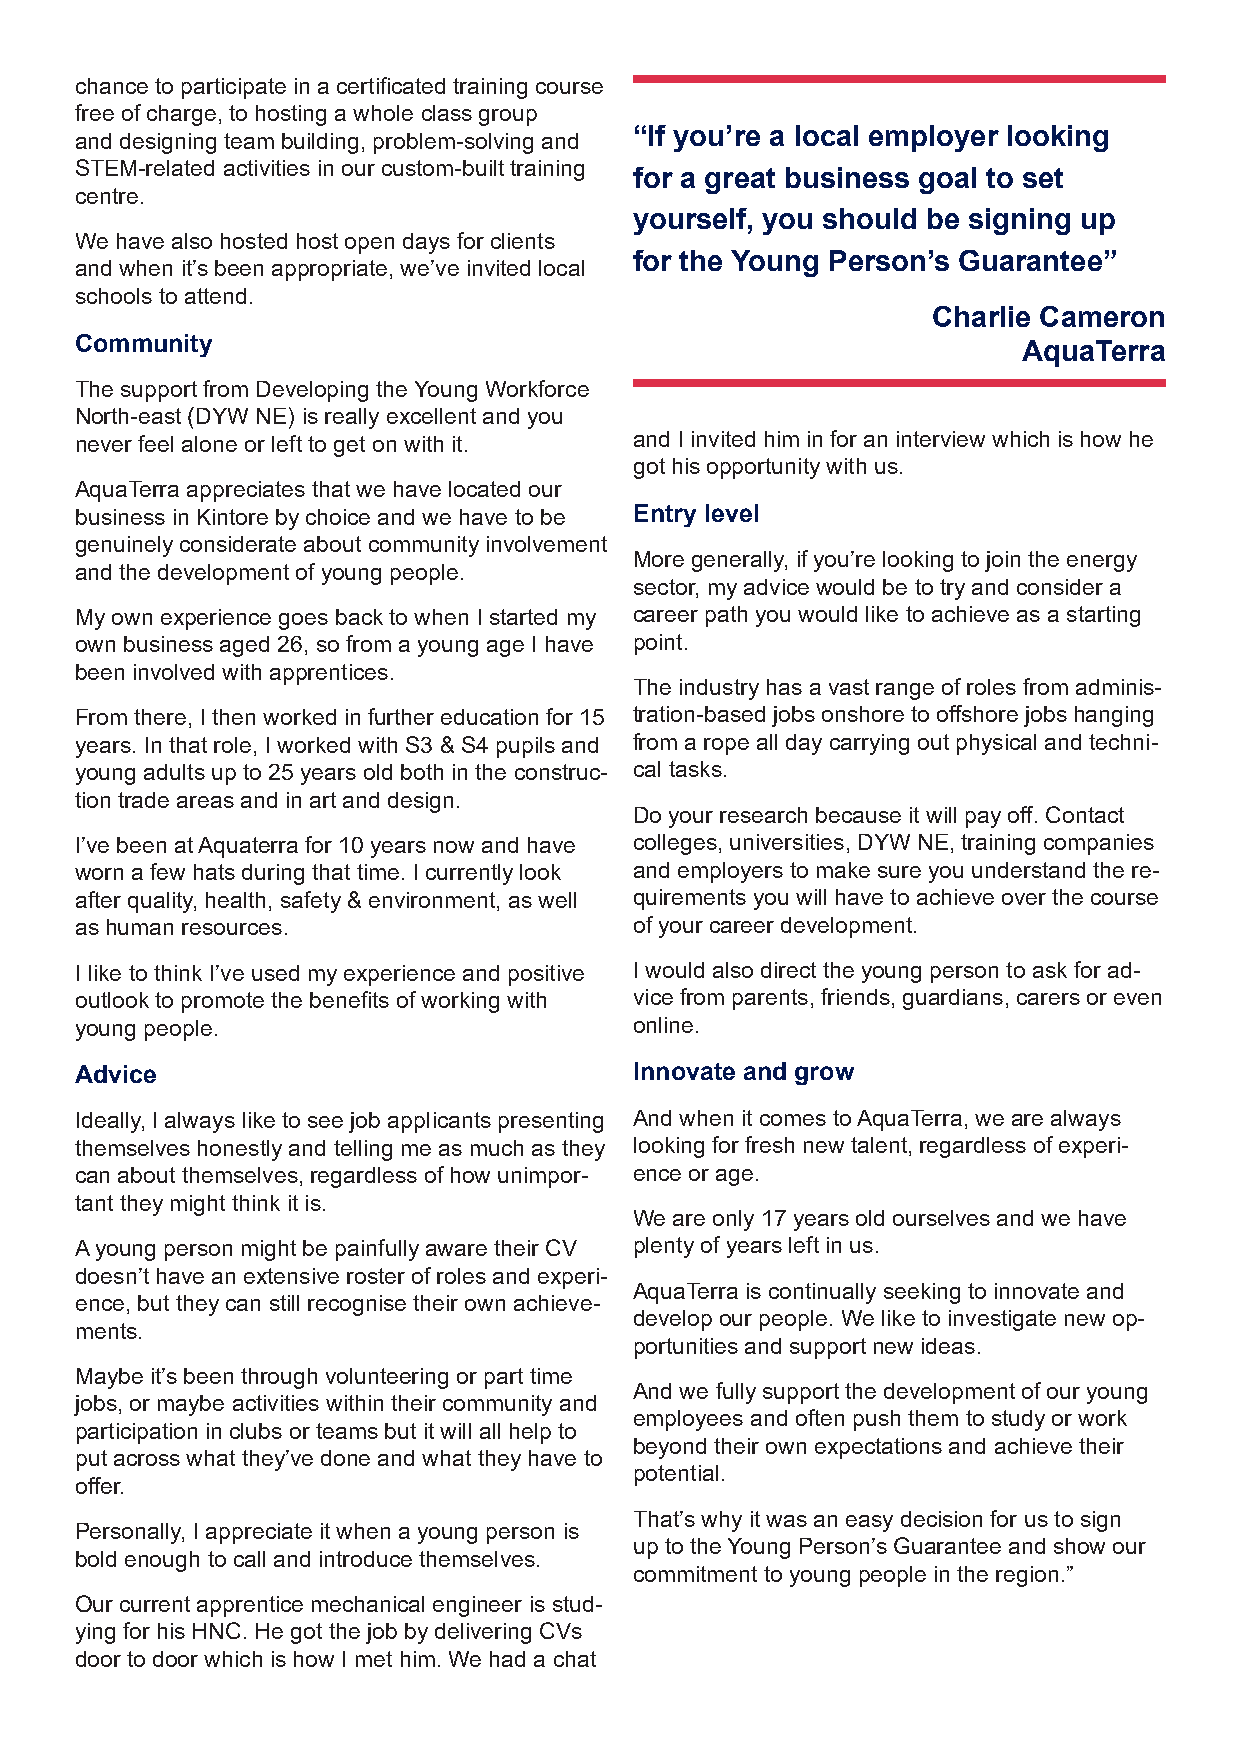
chance to participate in a certificated training course
 free of charge, to hosting a whole class group
 and designing team building, problem-solving and “If you’re a local employer looking
 STEM-related activities in our custom-built training
 for a great business goal to set
 centre.
 yourself, you should be signing up
 We have also hosted host open days for clients
 for the Young Person’s Guarantee”
 and when it’s been appropriate, we’ve invited local
 schools to attend.
 Charlie Cameron
 Community                                                      AquaTerra
 The support from Developing the Young Workforce
 North-east (DYW NE) is really excellent and you
 never feel alone or left to get on with it. and I invited him in for an interview which is how he
 got his opportunity with us.
 AquaTerra appreciates that we have located our
 business in Kintore by choice and we have to be Entry level
 genuinely considerate about community involvement
 More generally, if you’re looking to join the energy
 and the development of young people.
 sector, my advice would be to try and consider a
 My own experience goes back to when I started my career path you would like to achieve as a starting
 own business aged 26, so from a young age I have point.
 been involved with apprentices.
 The industry has a vast range of roles from adminis-
 From there, I then worked in further education for 15 tration-based jobs onshore to offshore jobs hanging
 years. In that role, I worked with S3 & S4 pupils and from a rope all day carrying out physical and techni-
 young adults up to 25 years old both in the construc- cal tasks.
 tion trade areas and in art and design.
 Do your research because it will pay off. Contact
 I’ve been at Aquaterra for 10 years now and have colleges, universities, DYW NE, training companies
 worn a few hats during that time. I currently look and employers to make sure you understand the re-
 after quality, health, safety & environment, as well quirements you will have to achieve over the course
 as human resources.                  of your career development.
 I like to think I’ve used my experience and positive I would also direct the young person to ask for ad-
 outlook to promote the benefits of working with vice from parents, friends, guardians, carers or even
 young people.                        online.
 Advice                               Innovate and grow
 Ideally, I always like to see job applicants presenting And when it comes to AquaTerra, we are always
 themselves honestly and telling me as much as they looking for fresh new talent, regardless of experi-
 can about themselves, regardless of how unimpor- ence or age.
 tant they might think it is.
 We are only 17 years old ourselves and we have
 A young person might be painfully aware their CV plenty of years left in us.
 doesn’t have an extensive roster of roles and experi-
 AquaTerra is continually seeking to innovate and
 ence, but they can still recognise their own achieve-
 develop our people. We like to investigate new op-
 ments.
 portunities and support new ideas.
 Maybe it’s been through volunteering or part time
 And we fully support the development of our young
 jobs, or maybe activities within their community and
 employees and often push them to study or work
 participation in clubs or teams but it will all help to
 beyond their own expectations and achieve their
 put across what they’ve done and what they have to
 potential.
 offer.
 That’s why it was an easy decision for us to sign
 Personally, I appreciate it when a young person is
 up to the Young Person’s Guarantee and show our
 bold enough to call and introduce themselves.
 commitment to young people in the region.”
 Our current apprentice mechanical engineer is stud-
 ying for his HNC. He got the job by delivering CVs
 door to door which is how I met him. We had a chat